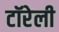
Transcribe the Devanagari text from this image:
टॉरेली